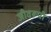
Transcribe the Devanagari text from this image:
जीवरूपी